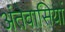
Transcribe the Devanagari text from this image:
अंतेवासियों